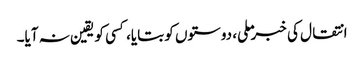
انتقال کی خبر ملی، دوستوں کو بتایا، کسی کو یقین نہ آیا۔